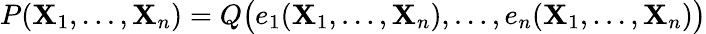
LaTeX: P(\mathbf{X}_{1},\ldots,\mathbf{X}_{n})=Q{\big(}e_{1}(\mathbf{X}_{1},\ldots,\mathbf{X}_{n}),\ldots,e_{n}(\mathbf{X}_{1},\ldots,\mathbf{X}_{n}){\big)}